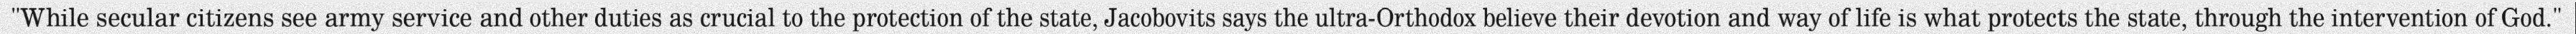
"While secular citizens see army service and other duties as crucial to the protection of the state, Jacobovits says the ultra-Orthodox believe their devotion and way of life is what protects the state, through the intervention of God."